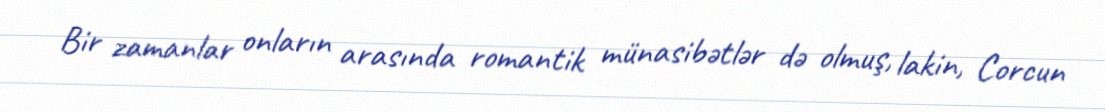
Bir zamanlar onların arasında romantik münasibətlər də olmuş, lakin, Corcun